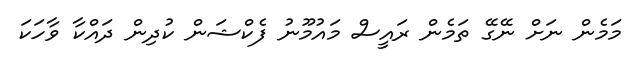
މަމެން ނަށް ނޭގޭ ތަމެން ރައީސް މައުމޫނު ފެކްޝަން ކުދިން ދައްކާ ވާހަކަ